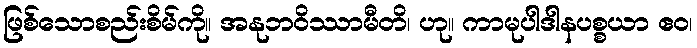
ဖြစ်သောစည်းစိမ်ကို။ အနုဘဝိဿာမီတိ၊ ဟု။ ကာမုပါဒါနပစ္စယာ ဧဝ၊